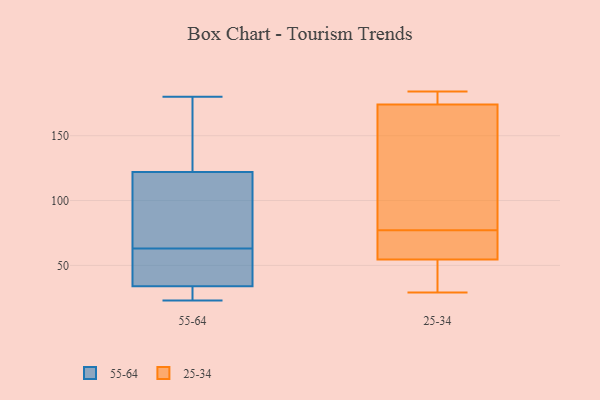
{"axis": {"x": "Conversion Rate (%)", "y": "Value"}, "legend": ["25-34", "55-64"], "data": [{"x": "", "y": 82, "type": "55-64"}, {"x": "", "y": 28, "type": "55-64"}, {"x": "", "y": 180, "type": "55-64"}, {"x": "", "y": 38, "type": "55-64"}, {"x": "", "y": 64, "type": "55-64"}, {"x": "", "y": 117, "type": "55-64"}, {"x": "", "y": 127, "type": "55-64"}, {"x": "", "y": 23, "type": "55-64"}, {"x": "", "y": 50, "type": "55-64"}, {"x": "", "y": 171, "type": "55-64"}, {"x": "", "y": 62, "type": "55-64"}, {"x": "", "y": 30, "type": "55-64"}, {"x": "", "y": 184, "type": "25-34"}, {"x": "", "y": 30, "type": "25-34"}, {"x": "", "y": 174, "type": "25-34"}, {"x": "", "y": 174, "type": "25-34"}, {"x": "", "y": 154, "type": "25-34"}, {"x": "", "y": 68, "type": "25-34"}, {"x": "", "y": 47, "type": "25-34"}, {"x": "", "y": 50, "type": "25-34"}, {"x": "", "y": 77, "type": "25-34"}, {"x": "", "y": 71, "type": "25-34"}, {"x": "", "y": 29, "type": "25-34"}, {"x": "", "y": 179, "type": "25-34"}, {"x": "", "y": 86, "type": "25-34"}, {"x": "", "y": 68, "type": "25-34"}, {"x": "", "y": 176, "type": "25-34"}]}